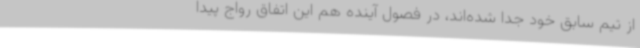
از تیم سابق خود جدا شده‌اند، در فصول آینده هم این اتفاق رواج پیدا